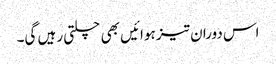
اس دوران تیز ہوائیں بھی چلتی رہیں گی۔